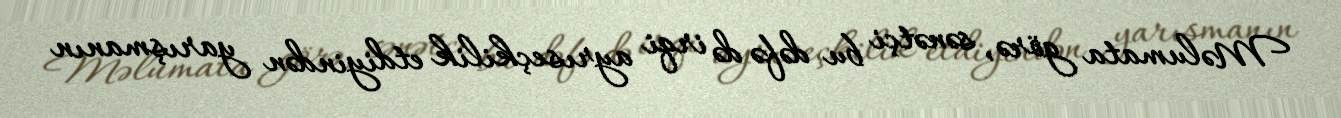
Məlumata görə, sənətçi bu dəfə də irqi ayrıseçkilik etdiyindən yarışmanın